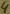
Text: 4